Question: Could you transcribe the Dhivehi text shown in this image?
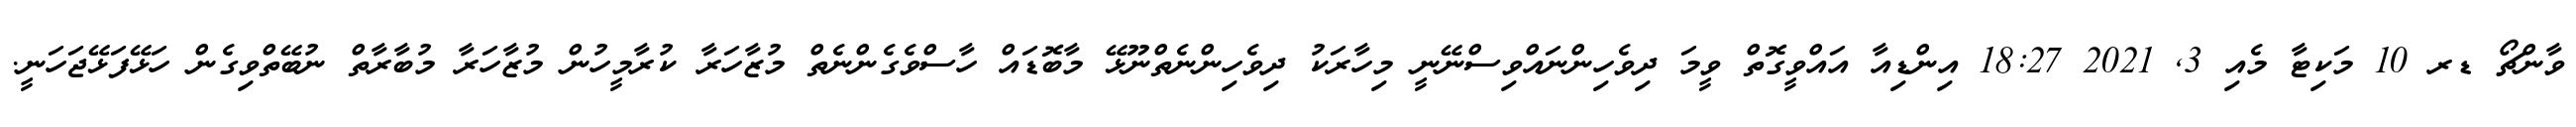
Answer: ވާންޗޯ ޑރ 10 މަކިޓާ މެއި 3, 2021 18:27 އިންޑިއާ އައްވީގޮތް ވީމަ ދިވެހިންނައްވިސްނޭނީ މިހާރަކު ދިވެހިންނެތްނޫޅޭ މާބޮޑައް ހާސްވެގެންނެތް މުޒާހަރާ ކުރާމީހުން މުޒާހަރާ މުބާރާތް ނުބޭތްވިގެން ހަޅޭފަޅޭޖަހަނީ.